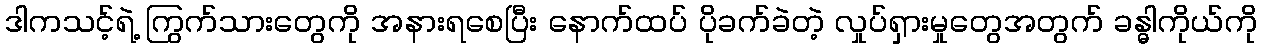
ဒါကသင့်ရဲ့ ကြွက်သားတွေကို အနားရစေပြီး နောက်ထပ် ပိုခက်ခဲတဲ့ လှုပ်ရှားမှုတွေအတွက် ခန္ဓါကိုယ်ကို